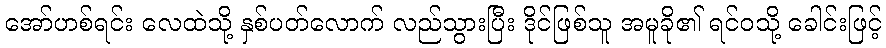
အော်ဟစ်ရင်း လေထဲသို့ နှစ်ပတ်လောက် လည်သွားပြီး ဒိုင်ဖြစ်သူ အမူခို၏ ရင်ဝသို့ ခေါင်းဖြင့်